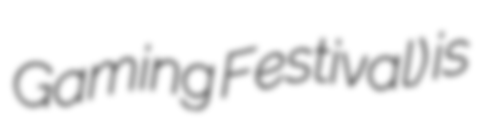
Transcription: Gaming Festival) is